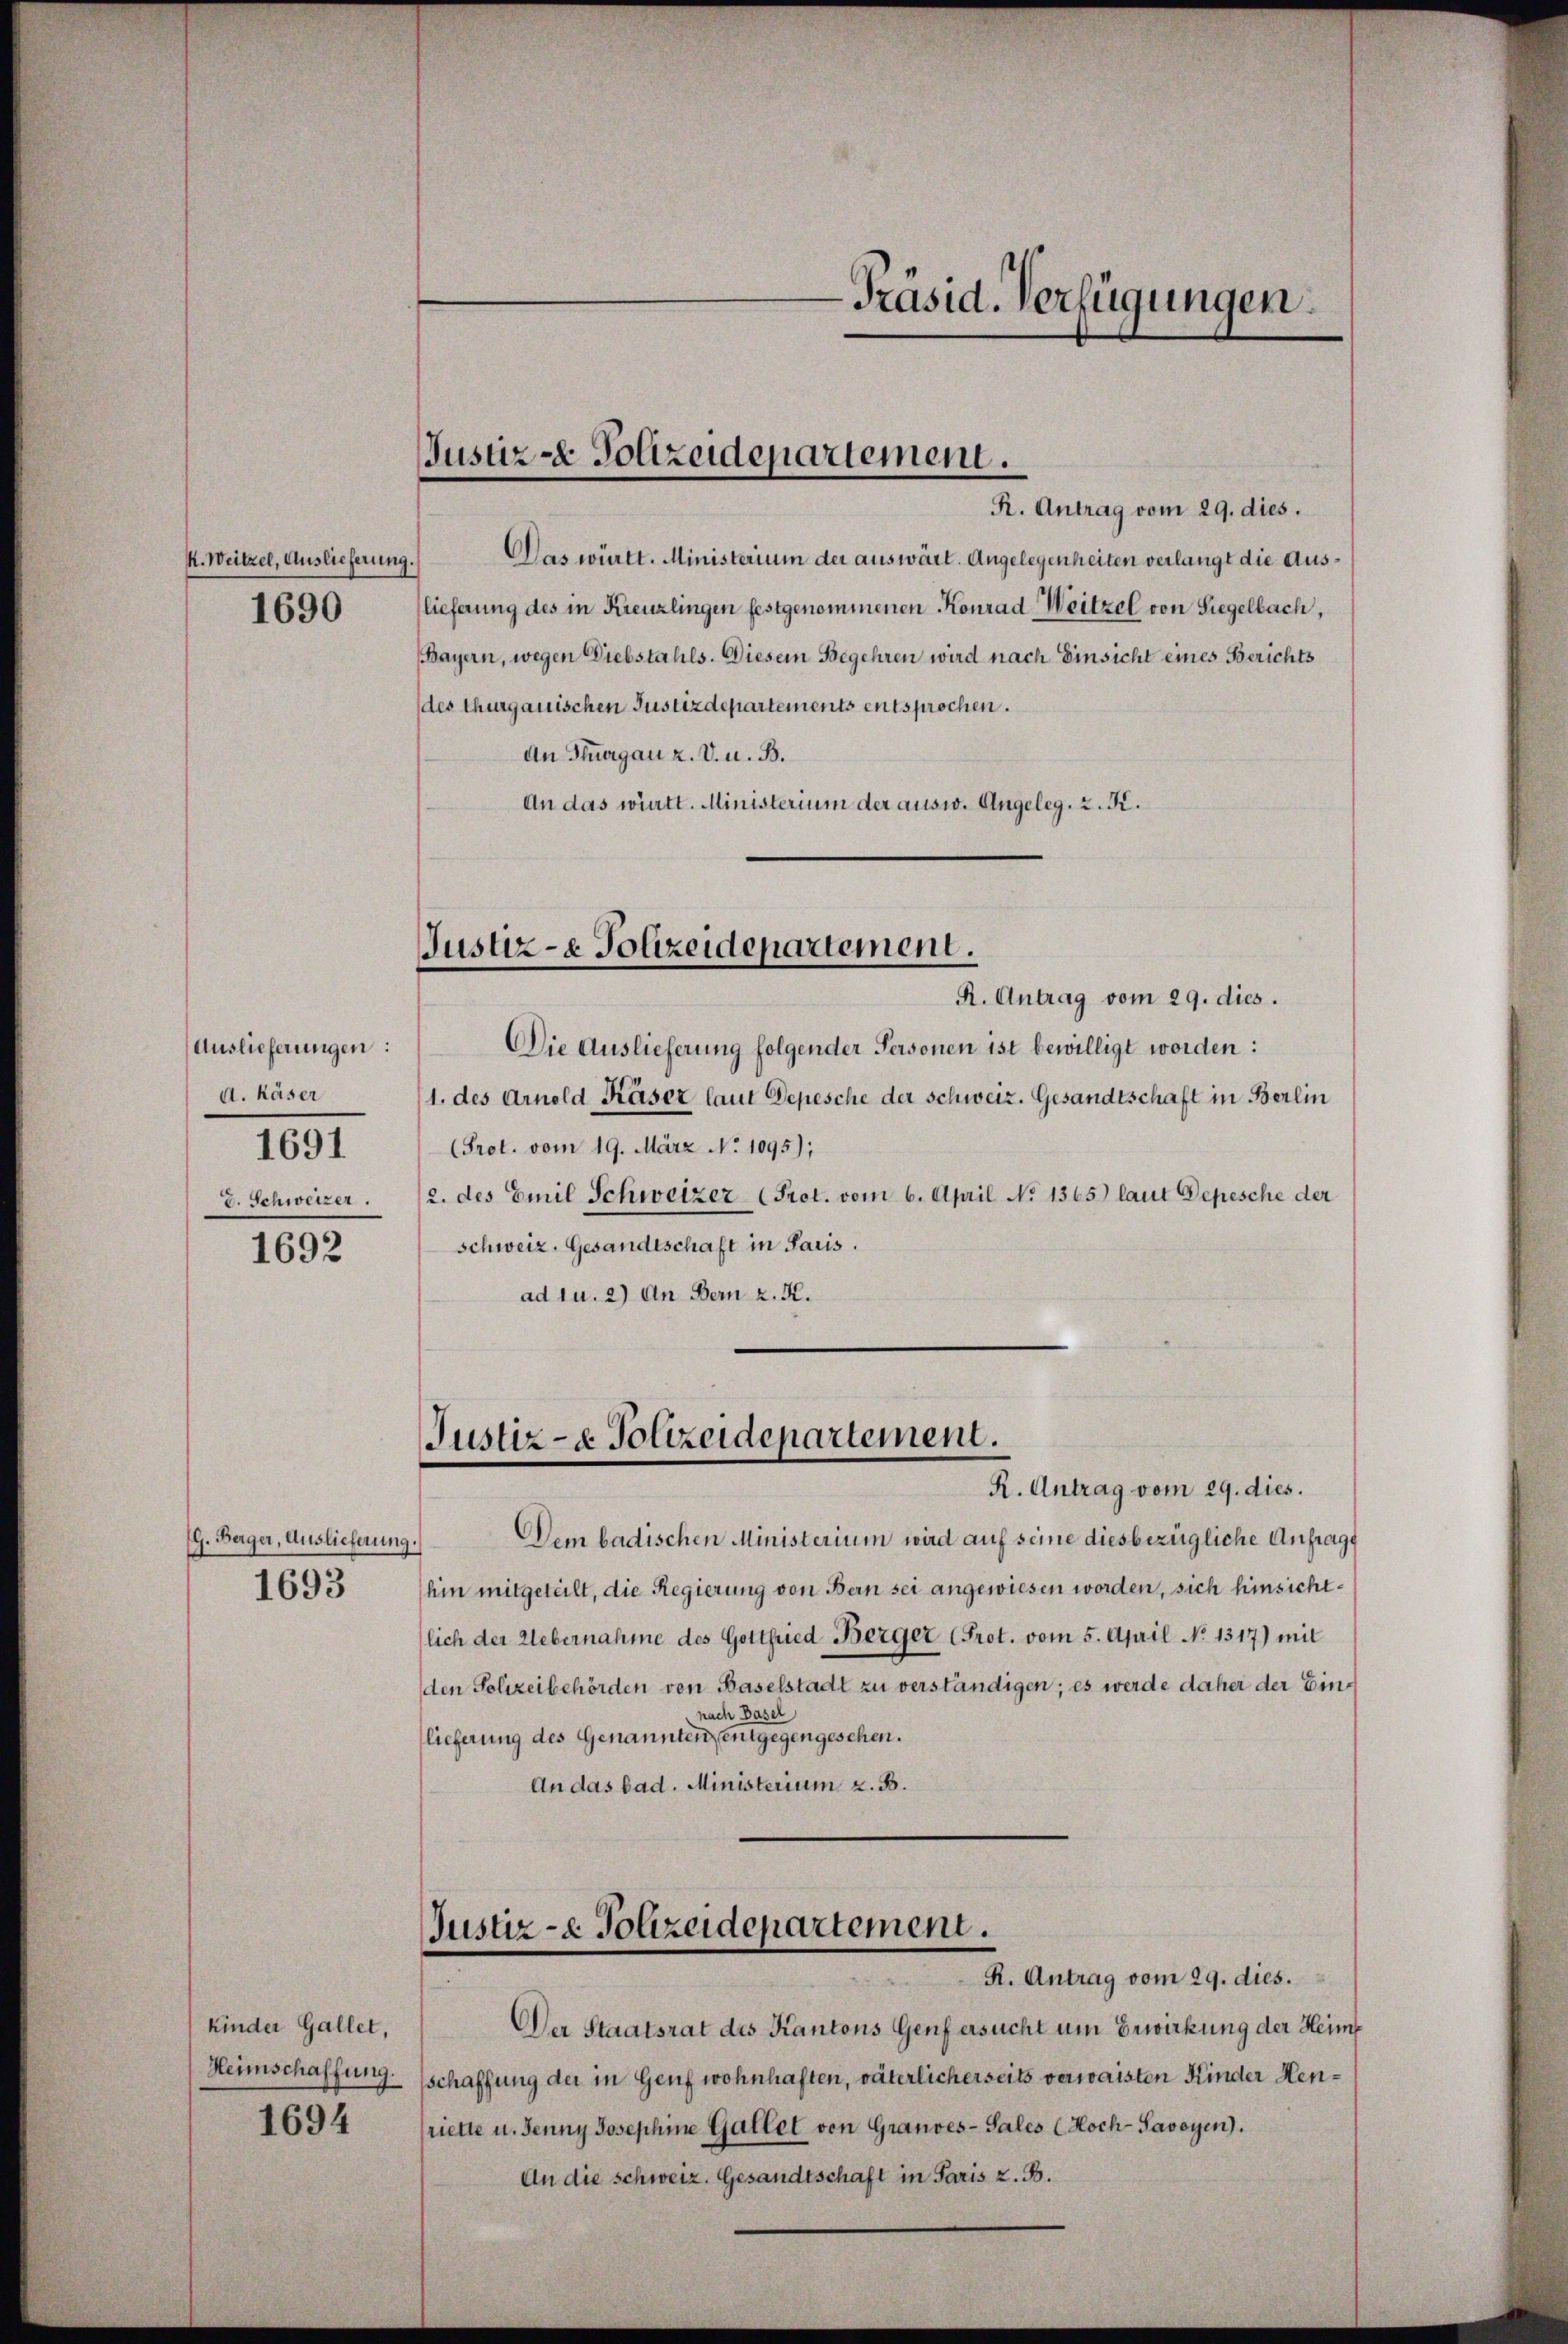
k. Weitzel, Auslieferung
1690

Auslieferungen:
d. Käser
1691
J. Schweizer.

1692

G. Berger, Auslieferung
1693

kinder Gallet,
Heimschaffung.
1694

Justiz - Polizeidepartement.
R. Antrag vom 29. dies.

Justiz- & Polizeidepartement.

Das württ. Ministerium der auswärt. Angelegenheiten verlangt die Aus¬
.
lieferung des in Kreuzlingen festgenommenen Konrad Weitzel von Siegelbach,
(Bayern, wegen Diebstahls. Diesem Begehren wird nach Einsicht eines Berichts
(des thurgauischen Justizdepartements entsprochen.
An Thurgau 2. V. u. B.
An das württ. Ministerium der ausw. Angeleg. 2. K.

Justiz- & Polizeidepartement.
R. Antrag vom 29. dies.

R. Antrag vom 29. dies.
Die Auslieferung folgender Personen ist bewilligt worden:
1. des Arnold Käser laut Depesche der schweiz. Gesandtschaft in Berlin
(Prot. vom 19. März No 1095);
2. des Emil Schweizer (Prot. vom 6. April No 1365.) laut Depesche der
Schweiz. Gesandtschaft in Paris.
ad u. 2) An Bern z. R.

Justiz- & Polizeidepartement.

-Präsid. Verfügungen.

Dem badischen Ministerium wird auf seine diesbezügliche Anfragt
.
hin mitgeteilt, die Regierung von Bern sei angewiesen worden, sich hinsichtlich der Uebernahme des Gottfried Berger (Prot. vom 5. April No 1317) mit
den Polizeibehörden von Baselstadt zu verständigen; es werde daher der Einnach Basel
lieferung des Genannten, entgegengesehen.
An das bad. Ministerium z. B.

R. Antrag vom 29. dies.
Der Staatsrat des Kantons Genf ersucht um Erwirkung der Heimf
schaffung der in Genf wohnhaften, väterlicherseits verwaisten Kinder Henriette u. Jenny Josephine Gallet von Grandes-Sales (Hoch-Savoyen).
An die schweiz. Gesandtschaft in Paris z. B.